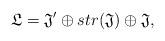
LaTeX: \begin{align*}\mathfrak{L}=\mathfrak{J}^{\prime }\oplus str(\mathfrak{J})\oplus \mathfrak{J}, \end{align*}